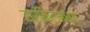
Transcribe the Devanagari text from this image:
सर्किटमध्ये